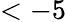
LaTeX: <-5